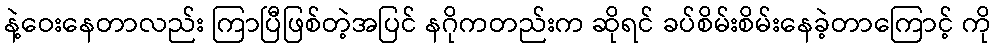
နဲ့ဝေးနေတာလည်း ကြာပြီဖြစ်တဲ့အပြင် နဂိုကတည်းက ဆိုရင် ခပ်စိမ်းစိမ်းနေခဲ့တာကြောင့် ကို